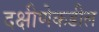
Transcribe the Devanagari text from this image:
दक्षीणेकडील